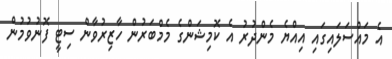
އެ މައްސަލައިގައި އިއްޔެ މެންދުރު އެ ކޮމިޝަންގެ މެމްބަރުން ހާޒިރުވާން ސިޓީ ފޮނުވުމުން